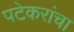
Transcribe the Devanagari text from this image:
पटेकरांचा